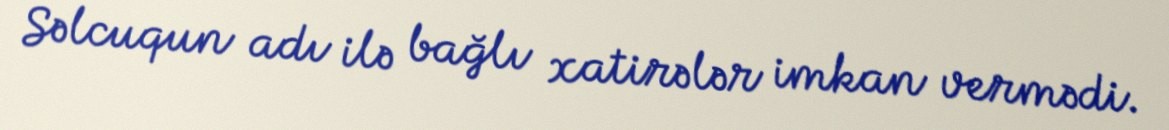
Səlcuqun adı ilə bağlı xatirələr imkan vermədi.